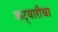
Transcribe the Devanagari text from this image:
कट्यारीचा